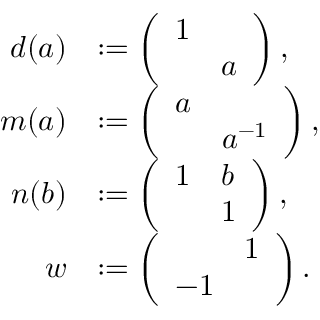
\begin{array} { r l } { d ( a ) } & { : = \left( \begin{array} { l l } { 1 } & \\ & { a } \end{array} \right) , } \\ { m ( a ) } & { : = \left( \begin{array} { l l } { a } & \\ & { a ^ { - 1 } } \end{array} \right) , } \\ { n ( b ) } & { : = \left( \begin{array} { l l } { 1 } & { b } \\ & { 1 } \end{array} \right) , } \\ { w } & { : = \left( \begin{array} { l l } & { 1 } \\ { - 1 } & \end{array} \right) . } \end{array}